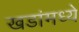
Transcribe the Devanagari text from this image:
खडांमध्ये